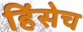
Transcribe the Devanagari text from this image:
हिंसेच